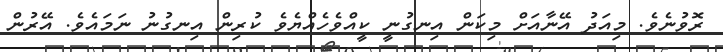
ރޮވުނެވެ. މިއަދު އޭނާއަށް މިކަން އިނގުނީ ކީއްވެހެއްޔެވެ ކުރިން އިނގުނު ނަމައެވެ. އޭރުން